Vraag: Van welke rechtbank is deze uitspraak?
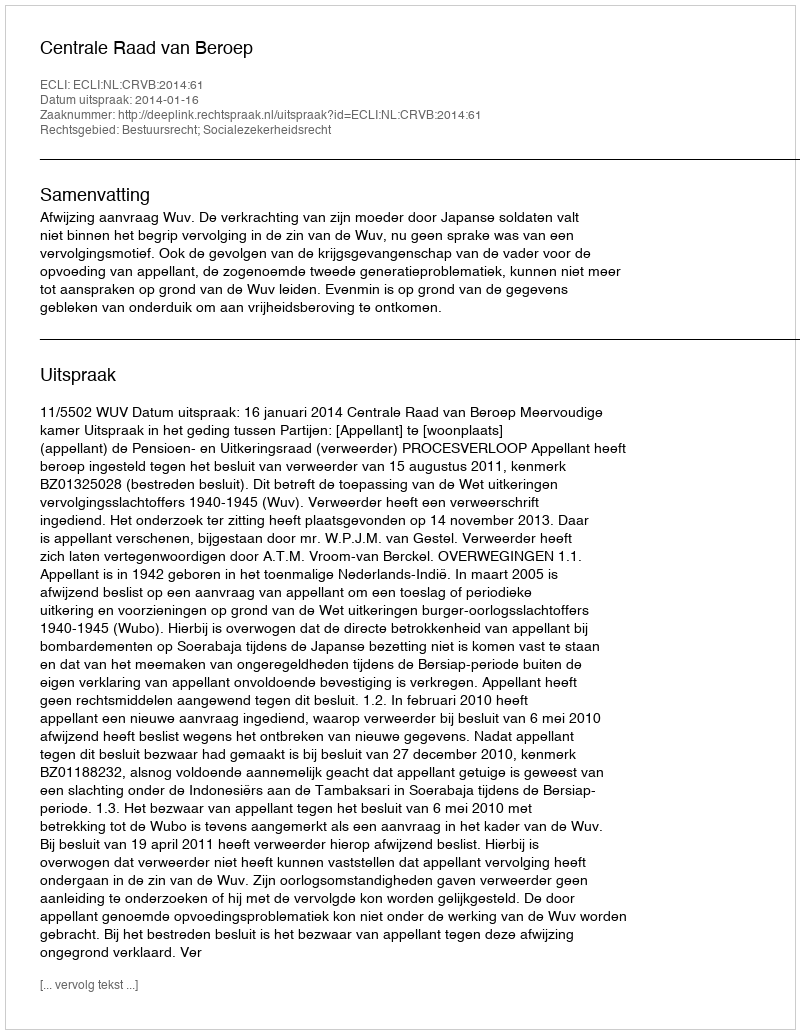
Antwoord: Centrale Raad van Beroep